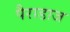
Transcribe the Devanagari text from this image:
पैराडाज